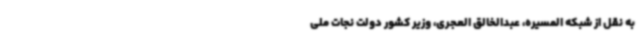
به نقل از شبکه المسیره، عبدالخالق العجری، وزیر کشور دولت نجات ملی